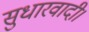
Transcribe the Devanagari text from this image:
सुधारवादी।